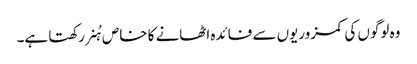
وہ لوگوں کی کمزوریوں سے فائدہ اٹھانے کا خاص ہُنر رکھتا ہے۔